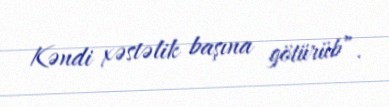
Kəndi xəstəlik başına götürüb”.